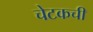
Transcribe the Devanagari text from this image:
चेटकची